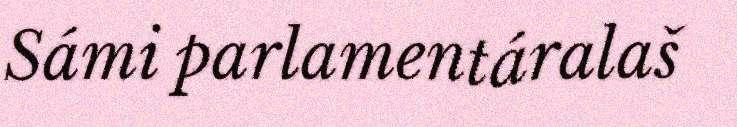
Sámi parlamentáralaš